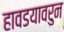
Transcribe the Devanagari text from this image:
हावडयावरुन